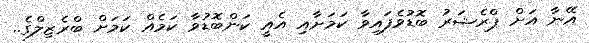
އޭނާ އަށް ޕްރެޝަރު ބޮޑުވެފައިވާ ކަމަށާއި އެއީ ކަންބޮޑުވާ ކަމެއް ކަމަށް ބްރެޒިލްގެ..